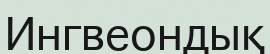
Ингвеондық